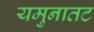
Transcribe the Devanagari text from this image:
यमुनातट